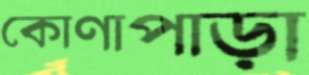
কোণাপাড়া